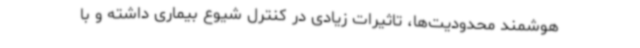
هوشمند محدودیت‌ها، تاثیرات زیادی در کنترل شیوع بیماری داشته و با